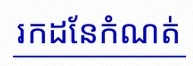
រកដែនកំណត់